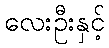
လေးဦးနှင့်